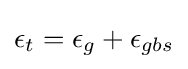
\epsilon _{t}=\epsilon _{g}+\epsilon _{gbs}